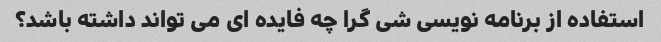
استفاده از برنامه نویسی شی گرا چه فایده ای می تواند داشته باشد؟